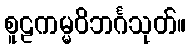
စူဠကမ္မဝိဘင်္ဂသုတ်။